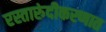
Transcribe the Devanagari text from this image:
रस्तारुंदीकरणात